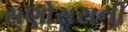
સણોસરાની